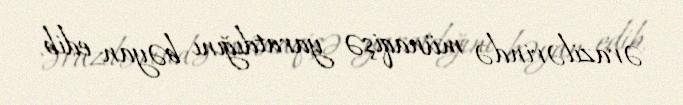
ərazilərində münaqişə yaratdığını bəyan edib.